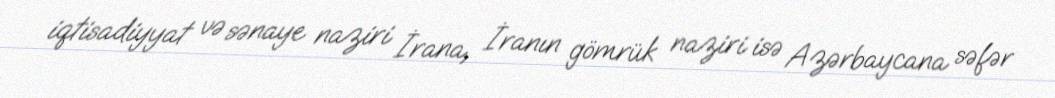
iqtisadiyyat və sənaye naziri İrana, İranın gömrük naziri isə Azərbaycana səfər